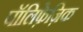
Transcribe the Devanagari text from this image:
पॉलिफ़ेज़िक